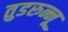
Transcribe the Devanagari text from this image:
तुडरुन्नू